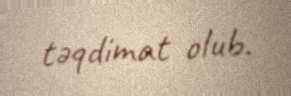
təqdimat olub.